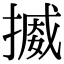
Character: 𢳒